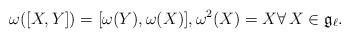
LaTeX: \begin{gather*}\omega([X,Y]) = [\omega(Y), \omega(X)], \omega^2(X) = X \forall\, X \in {\mathfrak g}_{\ell}.\end{gather*}